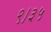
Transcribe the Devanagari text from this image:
९।३५